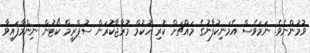
ވުމުންނެވެ. ނަމަވެސް އެމަނިކުފާނުގެ މައްޗަށް ކުރި ހުކުމް މުރާޖާކުރަން ސުޕްރީމް ކޯޓުން ނިންމާފައިވާ